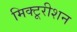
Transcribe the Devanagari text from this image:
मिक्टूरीशन